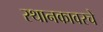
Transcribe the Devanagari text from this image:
स्थानकावरचे